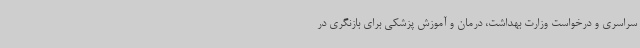
سراسری و درخواست وزارت بهداشت، درمان و آموزش پزشکی برای بازنگری در